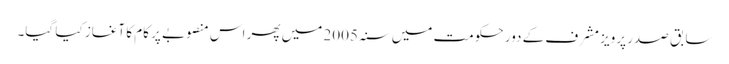
سابق صدر پرویز مشرف کے دورِ حکومت میں سنہ 2005 میں پھر اس منصوبے پر کام کا آغاز کیا گیا۔